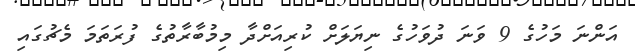
އަންނަ މަހުގެ 9 ވަނަ ދުވަހުގެ ނިޔަލަށް ކުރިއަށްދާ މިމުބާރާތުގެ ފުރަތަމަ މެޗުގައި